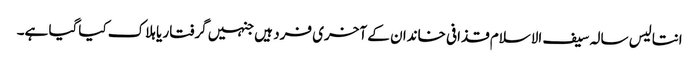
انتالیس سالہ سیف الاسلام قذافی خاندان کے آخری فرد ہیں جنہیں گرفتار یا ہلاک کیاگیا ہے۔